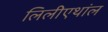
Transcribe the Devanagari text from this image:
लिलीएथांल